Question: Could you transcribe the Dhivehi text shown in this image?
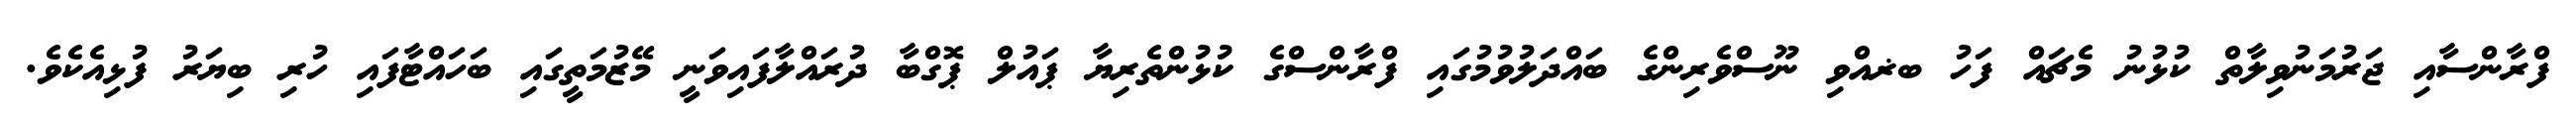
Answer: ފްރާންސާއި ޖަރުމަނުވިލާތް ކުޅުނު މެޗައް ފަހު ބޜއްވި ނޫސްވެރިންގެ ބައްދަލުވުމުގައި ފްރާންސްގެ ކުޅުންތެރިޔާ ޕައުލް ޕޮގްބާ ދުރައްލާފައިވަނީ މޭޒުމަތީގައި ބަހައްޓާފައި ހުރި ބިޔަރު ފުޅިއެކެވެ.